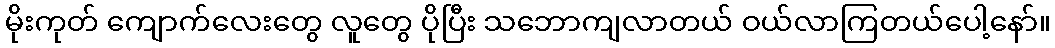
မိုးကုတ် ကျောက်လေးတွေ လူတွေ ပိုပြီး သဘောကျလာတယ် ဝယ်လာကြတယ်ပေါ့နော်။